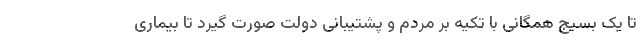
تا یک بسیج همگانی با تکیه بر مردم و پشتیبانی دولت صورت گیرد تا بیماری